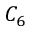
C _ { 6 }